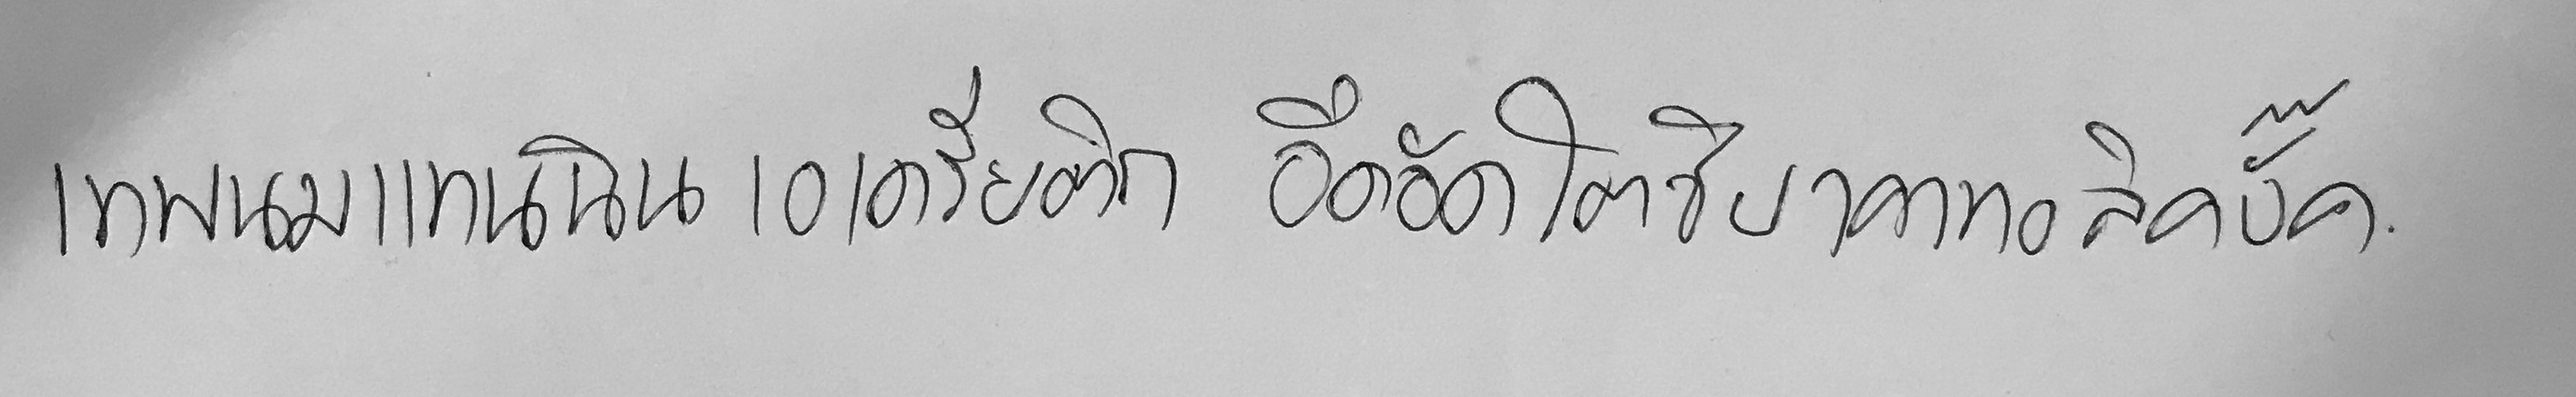
เทพนมแทนนิน เอเดรียติก อึดอัดโตชิบาคาทอลิกบั๊ค